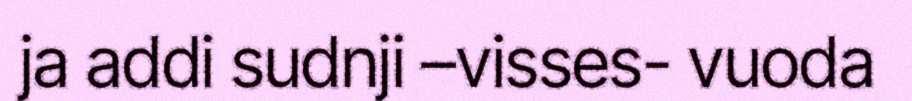
ja addi sudnji –visses- vuoda